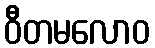
ဝီတမလောဝ